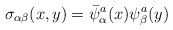
\begin{align*}\sigma_{\alpha\beta} (x,y)=\bar{\psi}_{\alpha}^{a}(x)\psi_{\beta}^{a}(y)\end{align*}